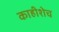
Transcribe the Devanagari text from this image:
काहीशेच